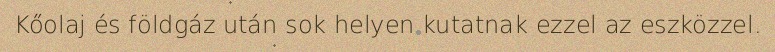
Kőolaj és földgáz után sok helyen kutatnak ezzel az eszközzel.